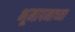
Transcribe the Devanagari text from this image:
भूमापनाच्या